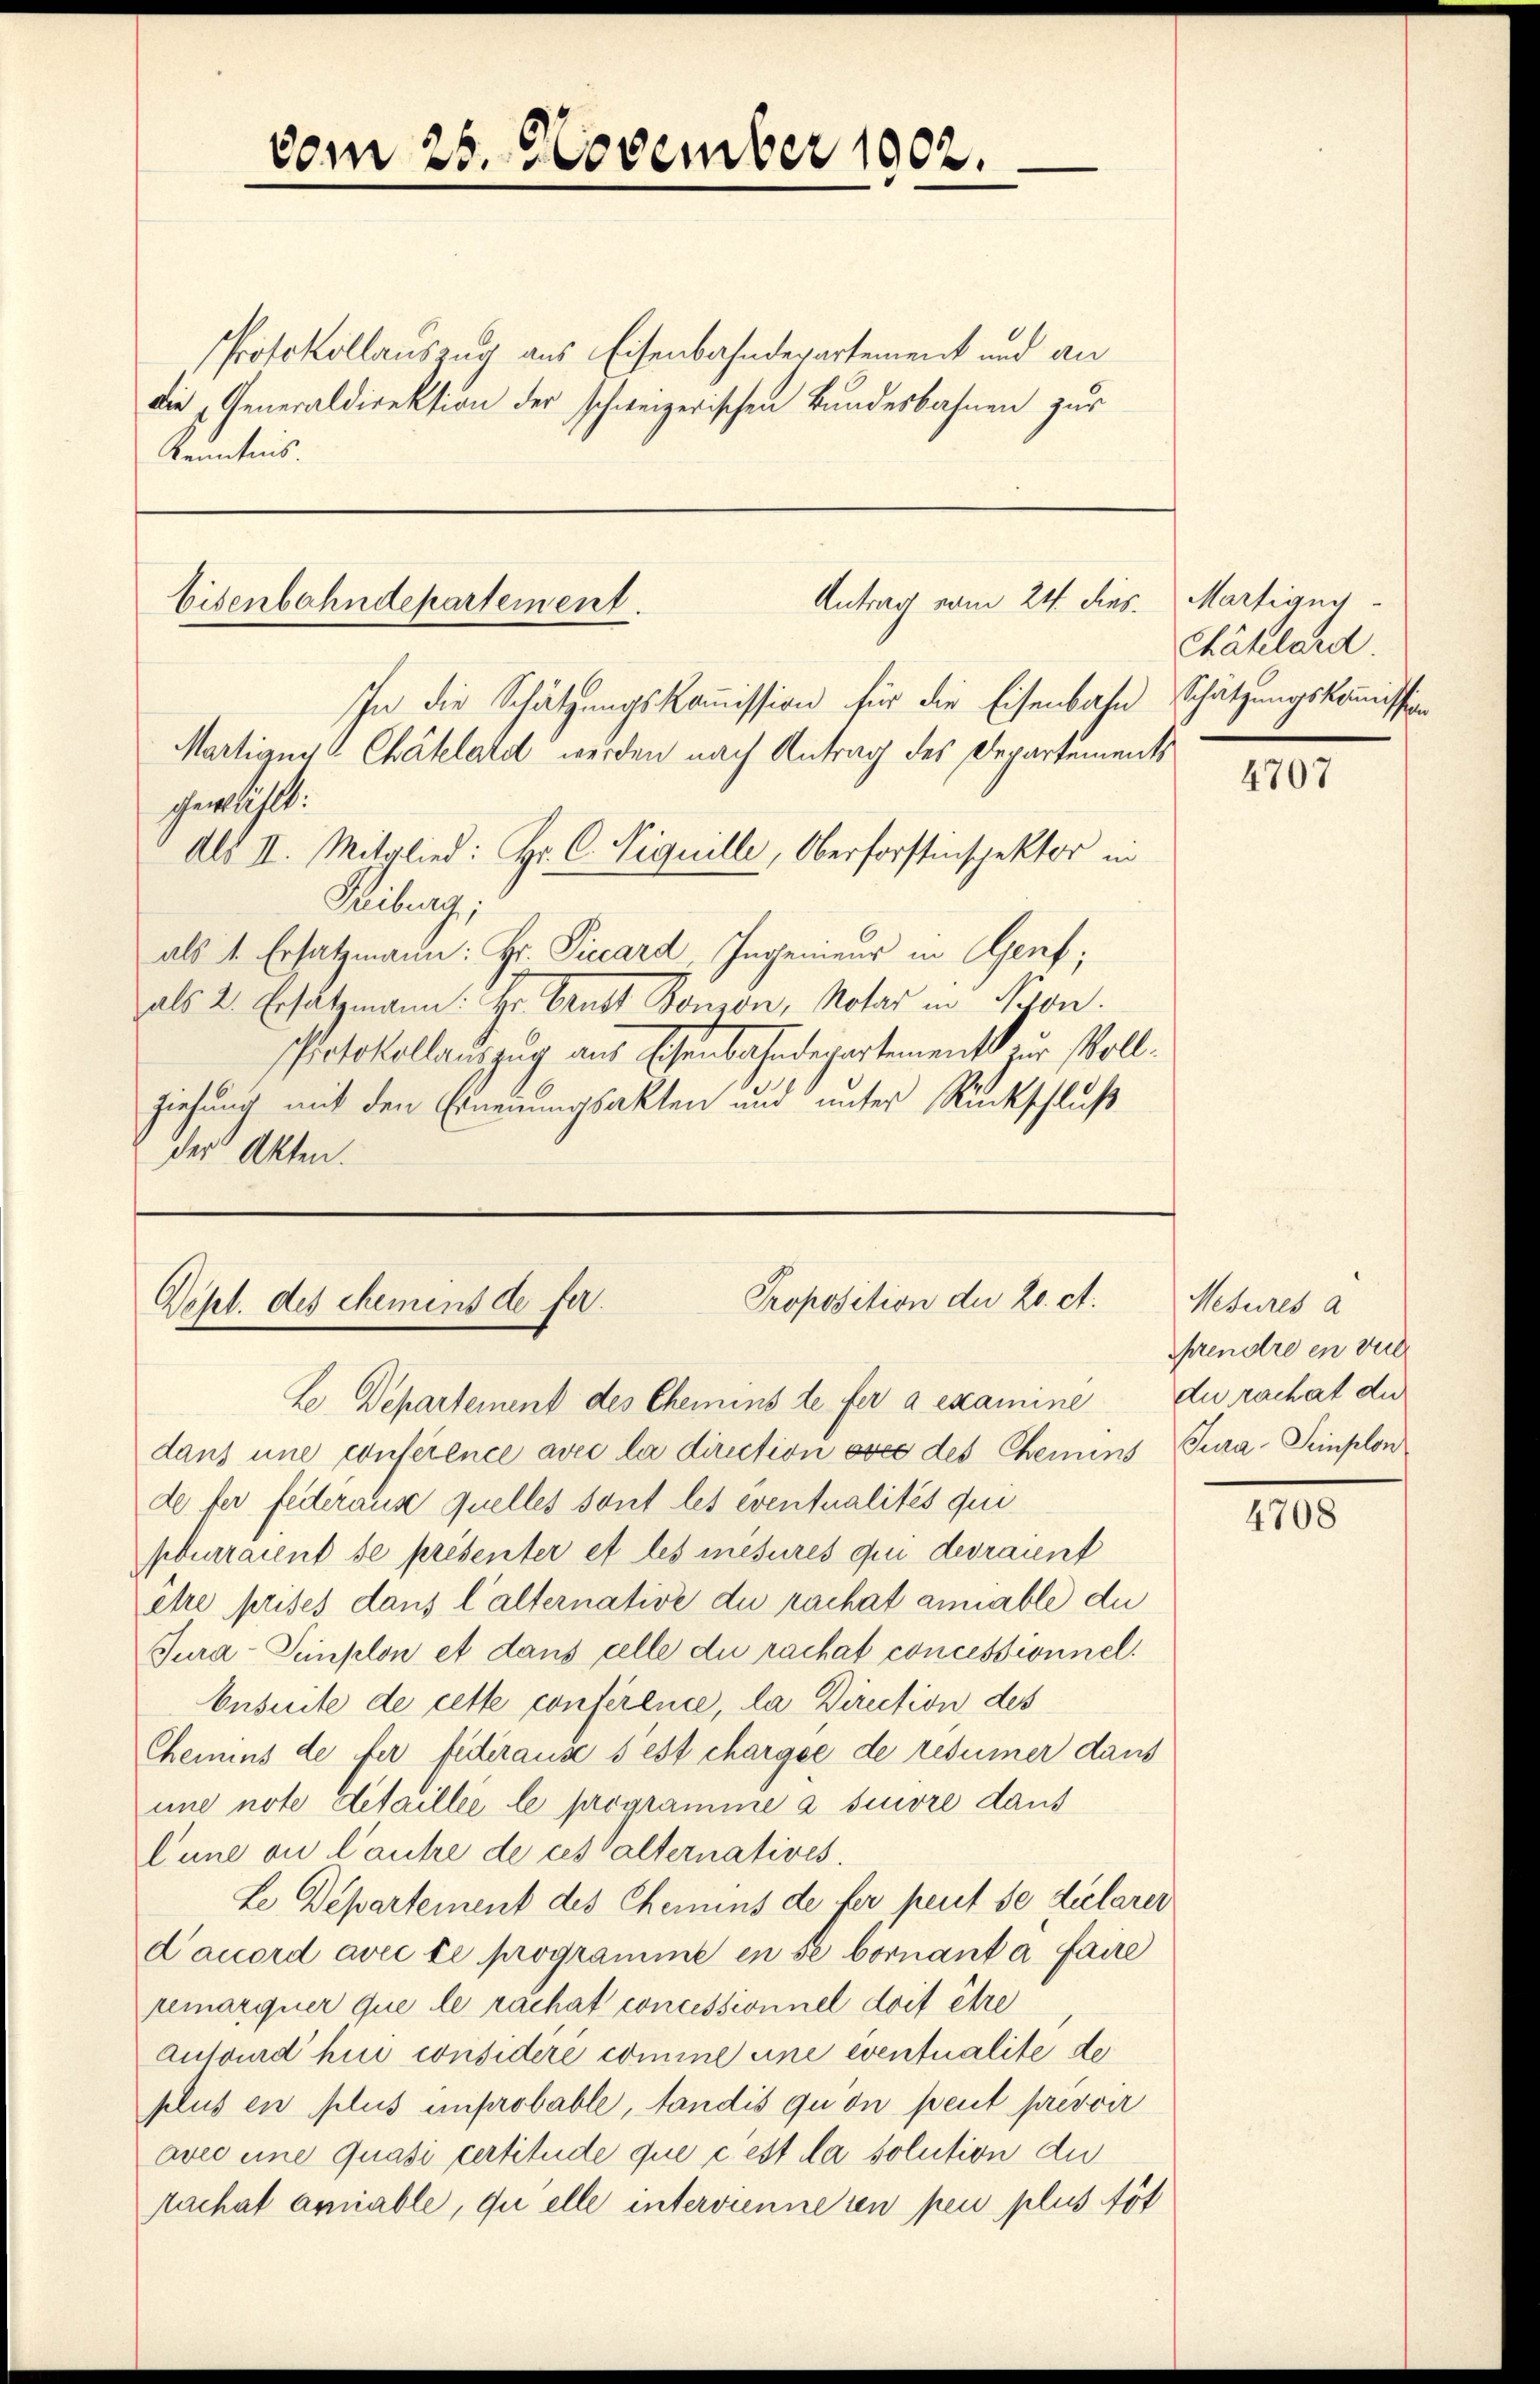
vom 25. November 1902.

Protokollauszug aus Eisenbahndepartement und an
die Generaldirektion der schweizerischen Bundesbahnen zur
Kenntnis.

Antrag vom 24. dies
Eisenbahndepartement.

Proposition der 20. et.
Dept. des Memens de fer.

In die Schätzungskommission für die Eisenbahn Schätzungskommission
Martigny Chätelard werden nach Antrag des Departements
gewählt:
Als II. Mitglied: Hr. C. Liquille, Oberforstinspektor in
Reiburg,
als 1. Ersatzmann: Hr. Piccard, Ingenieur in Genf;
als 2. Ersatzmann: Hr. Brust Bonzon, Notar in Nyon.
sprotokollauszug aus Eisenbahndepartement zur Vollziehung mit den Ernennungsakten und unter Rückschluß
der Akten.

Martigny-
Chätelard.

B Departement des Chemins de fer a examine du rachat die
dans une conference avec la direction avec des Chemins Tura-Seinplon
de der federaus quelles sont les eventualités qui
pourraient se présenter et les mesures qui devraunt
ette prises dans l’alternative du rachat annable die
Tura-Semplon et dans celle du rachat concessionnel
Ensuite de cette conference, la Direction des
Chemins de fer federause s’est chargée de resumer dans
une note detaille le programme a suivre daus
lune ou l’autre de ces alternatives.
Le Departement des Chemins de fer peut se declarer
dauord avec te programme in se bornant a faire
remarquer que le rachat concessionnel doit être
Ausourd hin considere comine eine eventualite de
plus en plus unprobable, fandis qu’on peut prevoir
avec eine Quasi certitude que c’est da solution du
Nachat amiable, quelle intervienneren peu plus töt

4707

Nesures a
hrendre en verl

4708